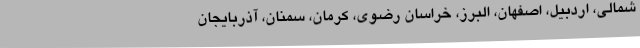
شمالی، اردبیل، اصفهان، البرز، خراسان رضوی، کرمان، سمنان، آذربایجان